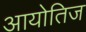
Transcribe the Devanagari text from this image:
आयोतिज